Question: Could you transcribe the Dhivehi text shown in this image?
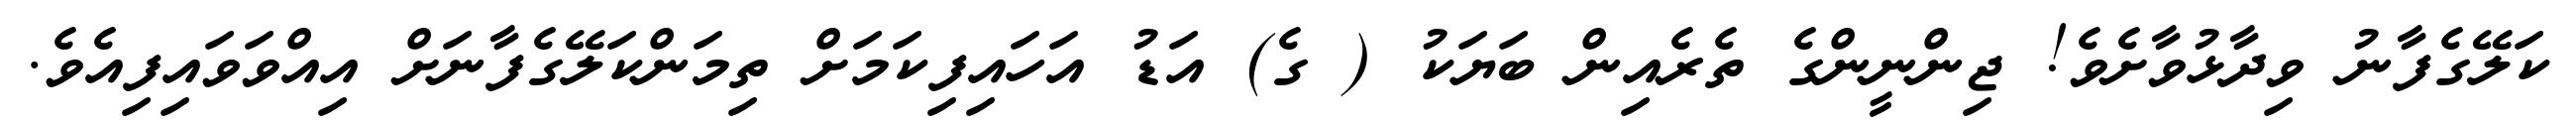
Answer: ކަލޭގެފާނު ވިދާޅުވާށެވެ! ޖިންނީންގެ ތެރެއިން ބަޔަކު ( ގެ) އަޑު އަހައިފިކަމަށް ތިމަންކަލޭގެފާނަށް އިއްވަވައިފިއެވެ.